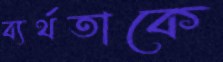
ব্যর্থতাকে